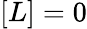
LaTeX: [L]=0